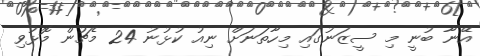
އޭނާ ބުނީ މި ސީޒަނުގައި މިހާތަނަށް ނިއު ކުޅުނު 24 މެޗުން މޮޅުވި